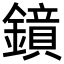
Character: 𮣊